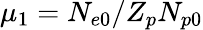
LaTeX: \mu_{1}=N_{e0}/Z_{p}N_{p0}